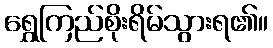
ရွှေကြည်စိုးရိမ်သွားရ၏။